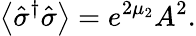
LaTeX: \left\langle\hat{\sigma}^{\dagger}\hat{\sigma}\right\rangle=e^{2\mu_{2}}A^{2}.